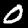
Label: 0